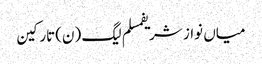
میاں نواز شریفمسلم لیگ (ن)تارکین